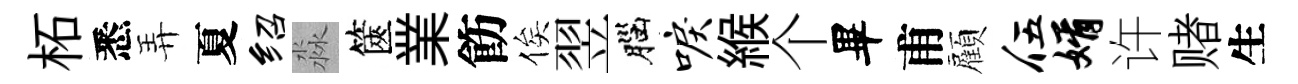
柘悉弄夏绍淼篋業飭俟翌腦唳緱个畢甫顧伍婿许赌生